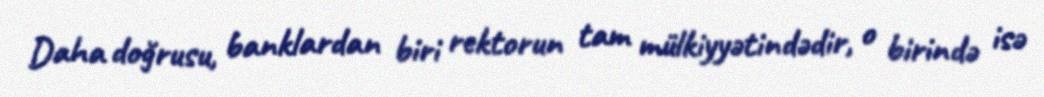
Daha doğrusu, banklardan biri rektorun tam mülkiyyətindədir, o birində isə